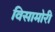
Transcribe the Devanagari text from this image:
विसामोरी